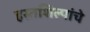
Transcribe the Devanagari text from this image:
हस्तशिल्पांचे